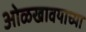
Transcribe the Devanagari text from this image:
ओळखावयाच्या